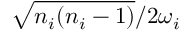
{ \sqrt { n _ { i } ( n _ { i } - 1 ) } } / { 2 \omega _ { i } }